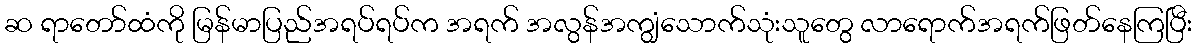
ဆ ရာတော်ထံကို မြန်မာပြည်အရပ်ရပ်က အရက် အလွန်အကျွံသောက်သုံးသူတွေ လာရောက်အရက်ဖြတ်နေကြပြီး